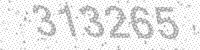
Solution: 313265